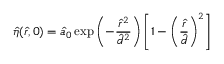
\hat { \eta } ( \hat { r } , 0 ) = \hat { a } _ { 0 } \exp \left( - \frac { \hat { r } ^ { 2 } } { \hat { d } ^ { 2 } } \right) \left[ 1 - \left( \frac { \hat { r } } { \hat { d } } \right) ^ { 2 } \right]